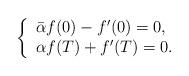
LaTeX: \begin{align*}\left\{ \begin{array}{ll} \bar{\alpha} f(0)-f'(0)=0, \\ \alpha f(T)+f'(T)=0. \end{array}\right.\end{align*}